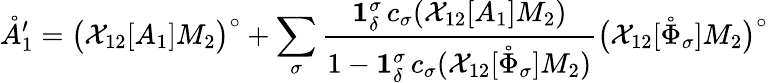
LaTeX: \mathring{A}_{1}^{\prime}=\big(\mathcal{X}_{12}[A_{1}]M_{2}\big)^{\circ}+\sum_{\sigma}\frac{\mathbf{1}_{\delta}^{\sigma}\, c_{\sigma}(\mathcal{X}_{12}[A_{1}]M_{2})}{1-\mathbf{1}_{\delta}^{\sigma}\, c_{\sigma}(\mathcal{X}_{12}[\mathring{\Phi}_{\sigma}]M_{2})}\big(\mathcal{X}_{12}[\mathring{\Phi}_{\sigma}]M_{2}\big)^{\circ}